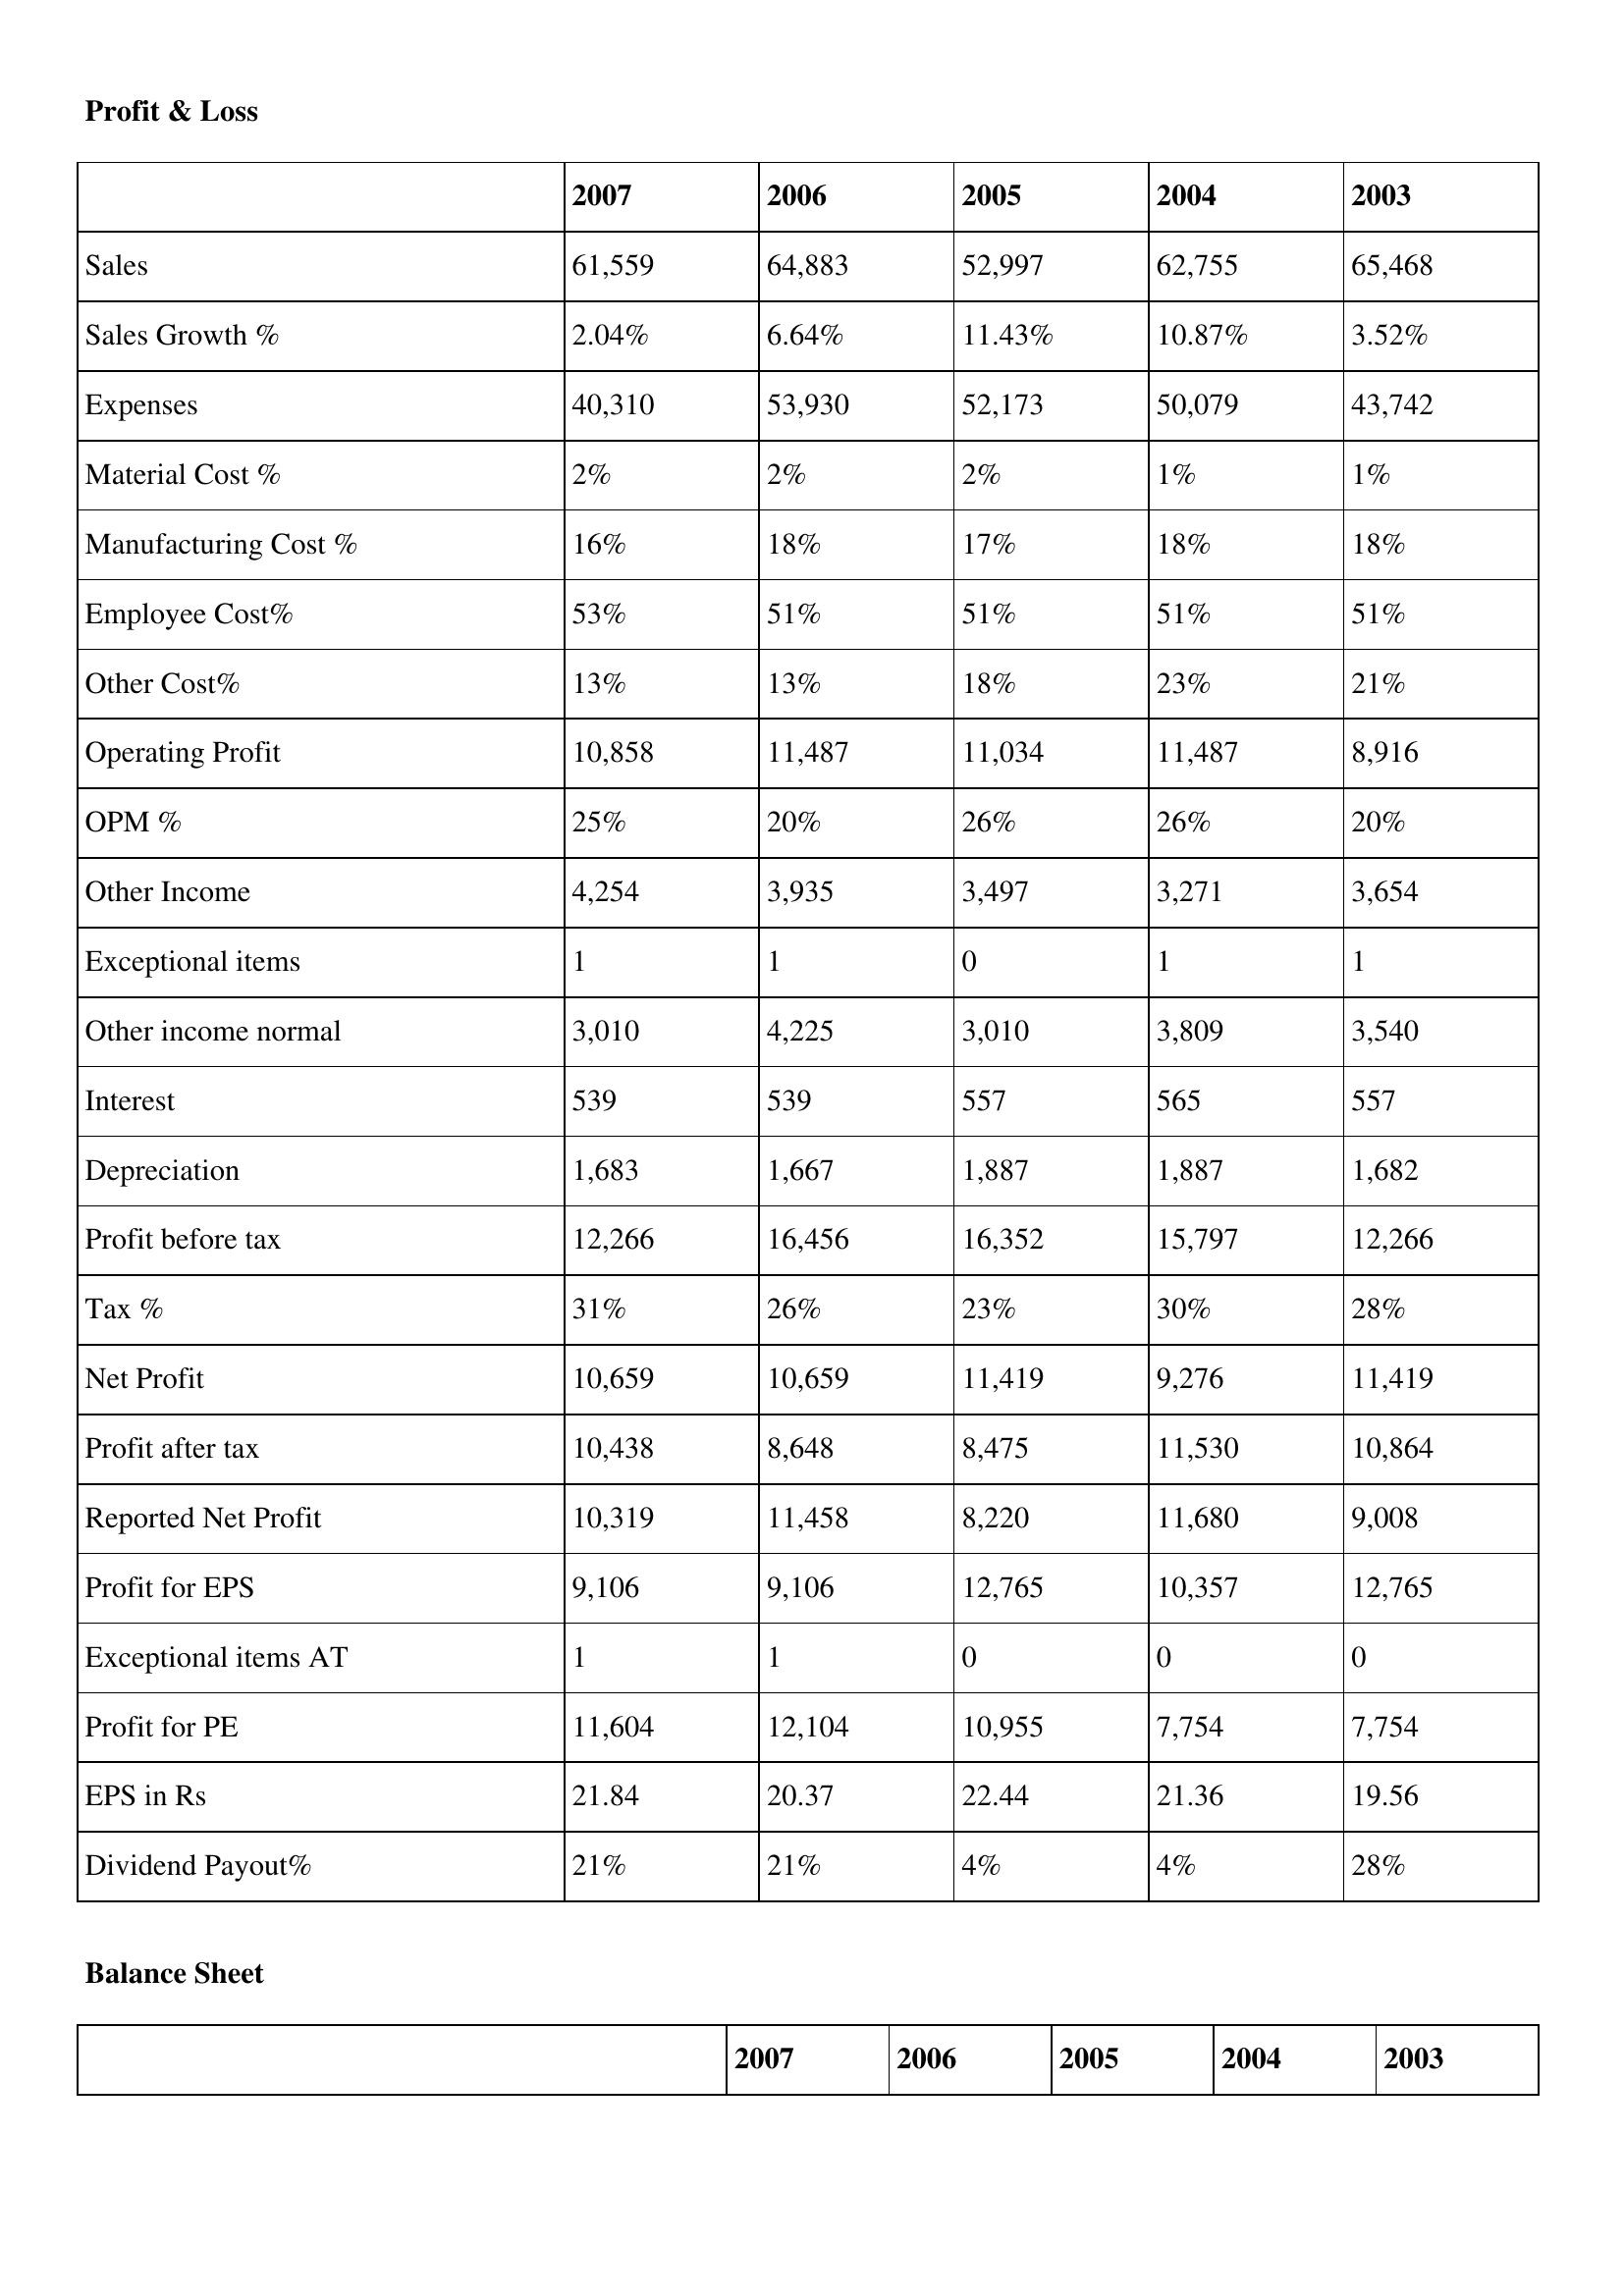
gt_parse: 2007: Profit & Loss: Sales: 61,559
Sales Growth %: 2.04%
Expenses: 40,310
Material Cost %: 2%
Manufacturing Cost %: 16%
Employee Cost%: 53%
Other Cost%: 13%
Operating Profit: 10,858
OPM %: 25%
Other Income: 4,254
Exceptional items: 1
Other income normal: 3,010
Interest: 539
Depreciation: 1,683
Profit before tax: 12,266
Tax %: 31%
Net Profit: 10,659
Profit after tax: 10,438
Reported Net Profit: 10,319
Profit for EPS: 9,106
Exceptional items AT: 1
Profit for PE: 11,604
EPS in Rs: 21.84
Dividend Payout%: 21%
2006: Profit & Loss: Sales: 64,883
Sales Growth %: 6.64%
Expenses: 53,930
Material Cost %: 2%
Manufacturing Cost %: 18%
Employee Cost%: 51%
Other Cost%: 13%
Operating Profit: 11,487
OPM %: 20%
Other Income: 3,935
Exceptional items: 1
Other income normal: 4,225
Interest: 539
Depreciation: 1,667
Profit before tax: 16,456
Tax %: 26%
Net Profit: 10,659
Profit after tax: 8,648
Reported Net Profit: 11,458
Profit for EPS: 9,106
Exceptional items AT: 1
Profit for PE: 12,104
EPS in Rs: 20.37
Dividend Payout%: 21%
2005: Profit & Loss: Sales: 52,997
Sales Growth %: 11.43%
Expenses: 52,173
Material Cost %: 2%
Manufacturing Cost %: 17%
Employee Cost%: 51%
Other Cost%: 18%
Operating Profit: 11,034
OPM %: 26%
Other Income: 3,497
Exceptional items: 0
Other income normal: 3,010
Interest: 557
Depreciation: 1,887
Profit before tax: 16,352
Tax %: 23%
Net Profit: 11,419
Profit after tax: 8,475
Reported Net Profit: 8,220
Profit for EPS: 12,765
Exceptional items AT: 0
Profit for PE: 10,955
EPS in Rs: 22.44
Dividend Payout%: 4%
2004: Profit & Loss: Sales: 62,755
Sales Growth %: 10.87%
Expenses: 50,079
Material Cost %: 1%
Manufacturing Cost %: 18%
Employee Cost%: 51%
Other Cost%: 23%
Operating Profit: 11,487
OPM %: 26%
Other Income: 3,271
Exceptional items: 1
Other income normal: 3,809
Interest: 565
Depreciation: 1,887
Profit before tax: 15,797
Tax %: 30%
Net Profit: 9,276
Profit after tax: 11,530
Reported Net Profit: 11,680
Profit for EPS: 10,357
Exceptional items AT: 0
Profit for PE: 7,754
EPS in Rs: 21.36
Dividend Payout%: 4%
2003: Profit & Loss: Sales: 65,468
Sales Growth %: 3.52%
Expenses: 43,742
Material Cost %: 1%
Manufacturing Cost %: 18%
Employee Cost%: 51%
Other Cost%: 21%
Operating Profit: 8,916
OPM %: 20%
Other Income: 3,654
Exceptional items: 1
Other income normal: 3,540
Interest: 557
Depreciation: 1,682
Profit before tax: 12,266
Tax %: 28%
Net Profit: 11,419
Profit after tax: 10,864
Reported Net Profit: 9,008
Profit for EPS: 12,765
Exceptional items AT: 0
Profit for PE: 7,754
EPS in Rs: 19.56
Dividend Payout%: 28%